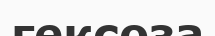
гексоза